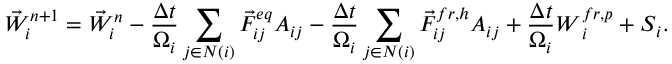
{ \vec { W } } _ { i } ^ { n + 1 } = { \vec { W } } _ { i } ^ { n } - \frac { \Delta t } { \Omega _ { i } } \sum _ { j \in N ( i ) } { \vec { F } } _ { i j } ^ { e q } { \cal A } _ { i j } - \frac { \Delta t } { \Omega _ { i } } \sum _ { j \in N ( i ) } { \vec { F } } _ { i j } ^ { f r , h } { \cal A } _ { i j } + \frac { \Delta t } { \Omega _ { i } } \boldsymbol { W } _ { i } ^ { f r , p } + \boldsymbol { S } _ { i } .